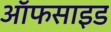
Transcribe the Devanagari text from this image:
ऑफसाइड